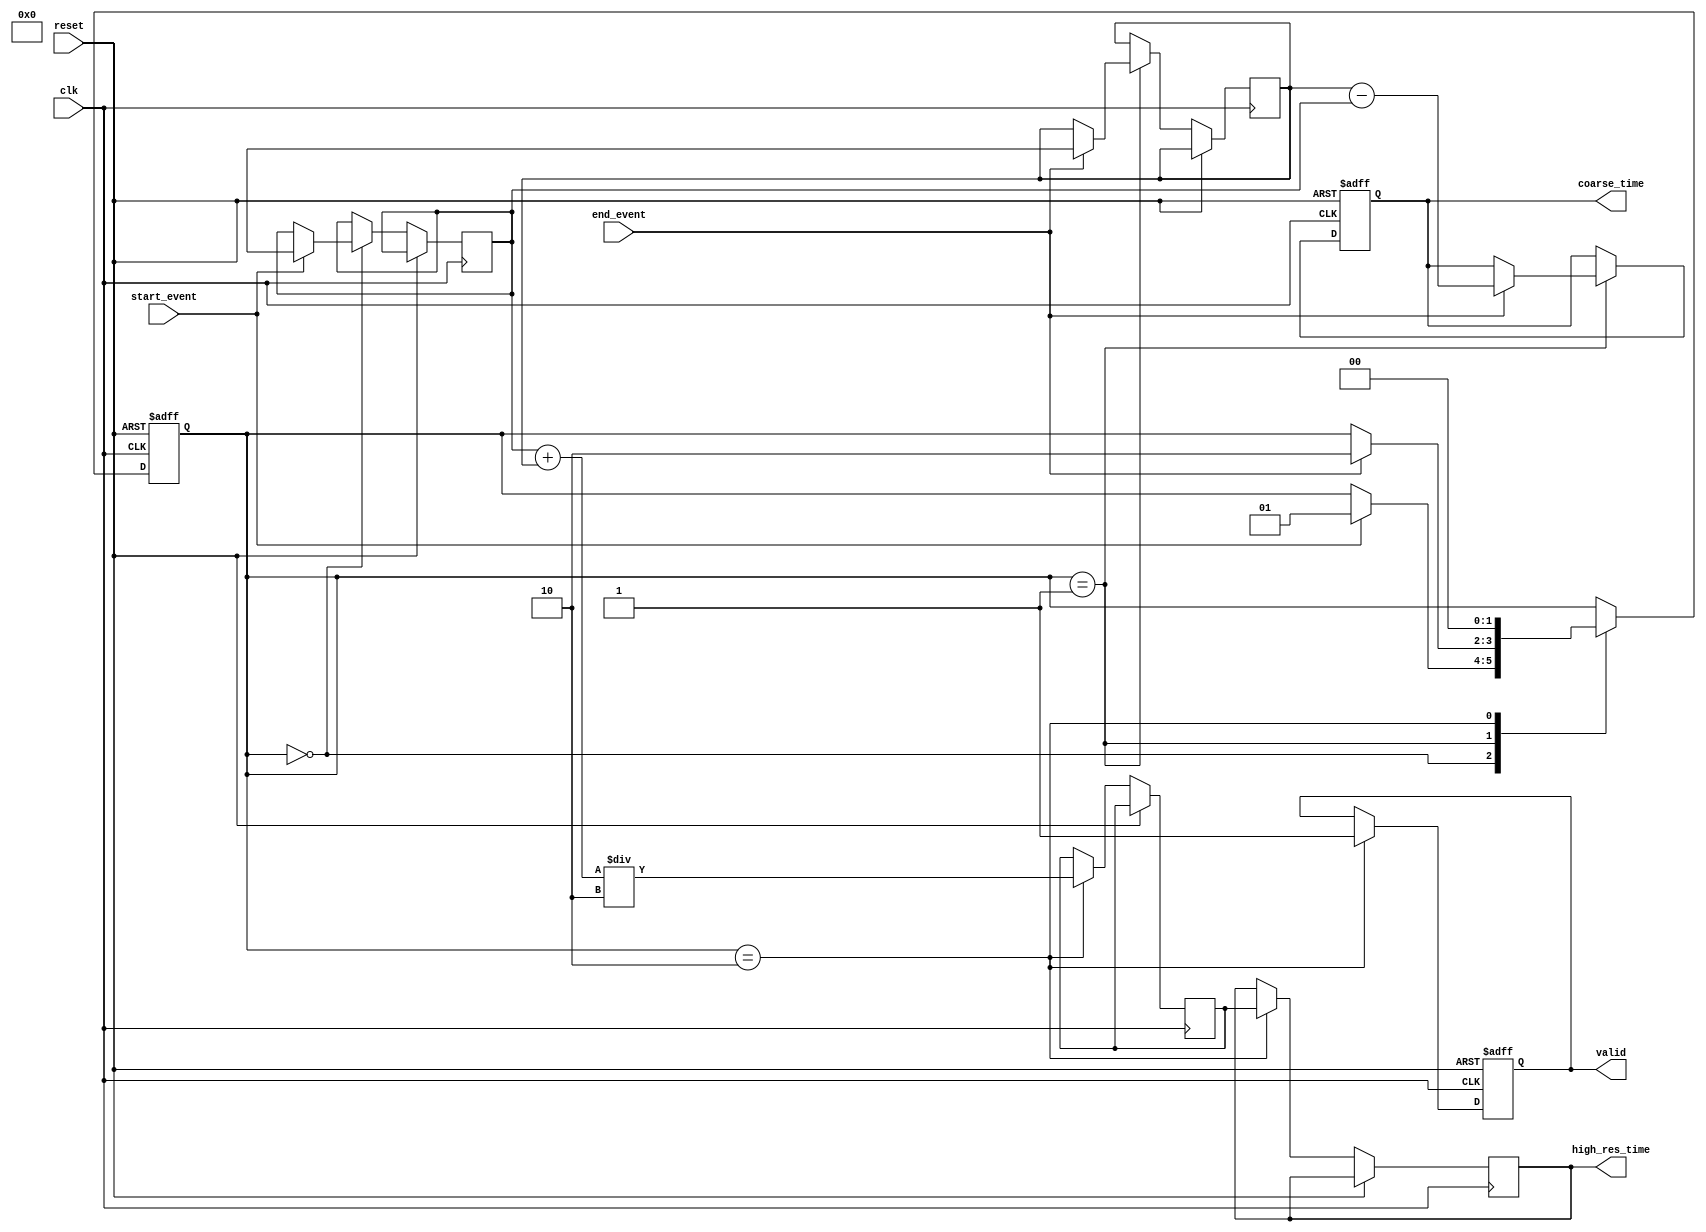
module TDC (
    input wire clk,
    input wire reset,
    input wire start_event,
    input wire end_event,
    output reg [31:0] coarse_time, // Coarse timestamp from primary TDC
    output reg [31:0] high_res_time, // Final high-resolution timestamp
    output reg valid // Signal indicating valid output
);

    // Memory block parameters
    parameter NUM_MEMORY_BLOCKS = 4;
    parameter MEMORY_BLOCK_SIZE = 16;

    // Dual-port memory blocks
    reg [31:0] mem_blocks [0:NUM_MEMORY_BLOCKS-1][0:MEMORY_BLOCK_SIZE-1];
    reg [3:0] mem_write_addr;
    reg [3:0] mem_read_addr;

    // Intermediate storage for timestamps
    reg [31:0] start_time;
    reg [31:0] end_time;

    // Internal state
    reg [1:0] state;
    localparam IDLE = 2'b00;
    localparam CAPTURE = 2'b01;
    localparam INTERPOLATE = 2'b10;
    
    // Interpolation parameters
    reg [31:0] interpolated_value;
    
    // Coarse time measurement (placeholder for actual TDC logic)
    always @(posedge clk or posedge reset) begin
        if (reset) begin
            coarse_time <= 0;
            valid <= 0;
            state <= IDLE;
        end else begin
            case (state)
                IDLE: begin
                    if (start_event) begin
                        start_time <= $time; // Capture start time
                        state <= CAPTURE;
                    end
                end
                CAPTURE: begin
                    if (end_event) begin
                        end_time <= $time; // Capture end time
                        coarse_time <= end_time - start_time; // Calculate coarse time
                        state <= INTERPOLATE;
                    end
                end
                INTERPOLATE: begin
                    // Store timestamps in memory blocks for interpolation
                    mem_blocks[0][mem_write_addr] <= start_time;
                    mem_blocks[0][mem_write_addr + 1] <= end_time;
                    mem_write_addr <= mem_write_addr + 2;

                    // Example interpolation logic (simple averaging for demonstration)
                    interpolated_value <= (start_time + end_time) / 2;
                    high_res_time <= interpolated_value; // Final high-resolution time
                    
                    valid <= 1; // Mark output as valid
                    state <= IDLE; // Go back to IDLE
                end
            endcase
        end
    end

    // Simple output register readout (could be expanded)
    always @(posedge clk) begin
        if (valid) begin
            // Additional logic to handle output reading could be added here
        end
    end

endmodule